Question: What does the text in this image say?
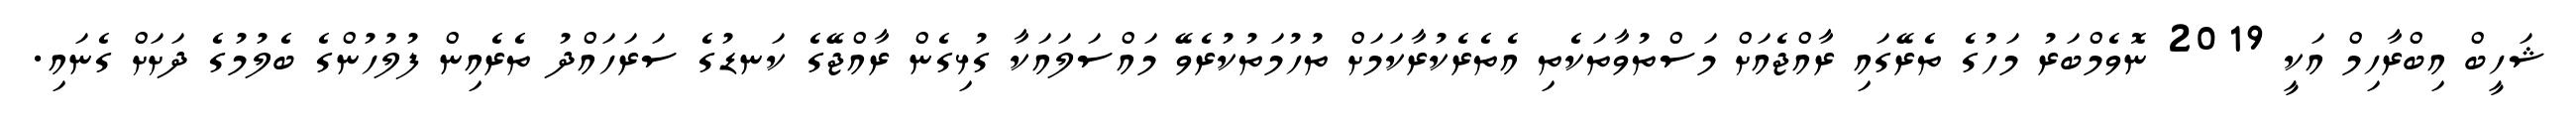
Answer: ޝަހީބް އިބްރާހިމް އަކީ 2019 ނޮވެމްބަރު މަހުގެ ތެރޭގައި ރާއްޖެއަށް މަސްތުވާތަކެތި އެތެރެކުރާކަމަށް ތުހުމަތުކުރެވޭ މައްސަލައަކާ ގުޅިގެން ރާއްޖޭގެ ކަނޑުގެ ސަރަހައްދު ތެރެއިން ފުލުހުންގެ ބެލުމުގެ ދަށަށް ގެނައި.